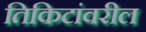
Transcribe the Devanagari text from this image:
तिकिटांवरील